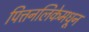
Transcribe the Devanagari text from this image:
पित्तनलिकेमधून